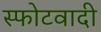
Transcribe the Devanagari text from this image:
स्फोटवादी